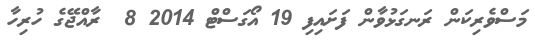
މަސްވެރިކަން ރަނގަޅުވާން ފަށައިފި 19 އޯގަސްޓް 2014 8  ރާއްޖޭގެ ހުރިހާ